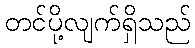
တင်ပို့လျက်ရှိသည်